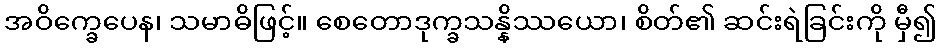
အဝိက္ခေပေန၊ သမာဓိဖြင့်။ စေတောဒုက္ခသန္နိဿယော၊ စိတ်၏ ဆင်းရဲခြင်းကို မှီ၍